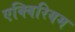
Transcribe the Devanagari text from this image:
एक्विरियम